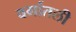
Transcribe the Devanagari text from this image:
वर्गातली